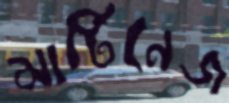
মার্টিনেজ